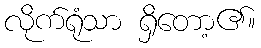
လိုက်ရုံသာ ရှိတော့၏။